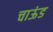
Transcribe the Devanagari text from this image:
चाऊंड